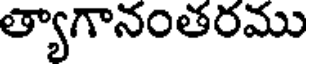
త్యాగానంతరము